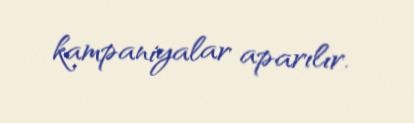
kampaniyalar aparılır.